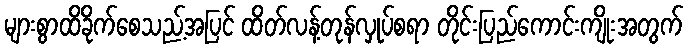
များစွာထိခိုက်စေသည့်အပြင် ထိတ်လန့်တုန်လှုပ်စရာ တိုင်းပြည်ကောင်းကျိုးအတွက်